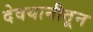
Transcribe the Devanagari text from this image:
देवयानीतून